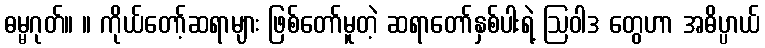
ဓမ္မဂုတ်။ ။ ကိုယ်တော့်ဆရာများ ဖြစ်တော်မူတဲ့ ဆရာတော်နှစ်ပါးရဲ့ ဩဝါဒ တွေဟာ အဓိပ္ပာယ်